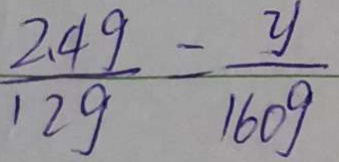
\frac { 2 . 4 g } { 1 2 g } = \frac { y } { 1 6 0 g }